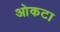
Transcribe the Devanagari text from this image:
ओकटा